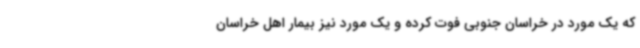
که یک مورد در خراسان جنوبی فوت کرده و یک مورد نیز بیمار اهل خراسان